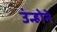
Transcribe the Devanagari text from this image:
उंन्होने